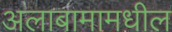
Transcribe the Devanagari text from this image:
अलाबामामधील